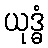
ယုဒ္ဓံ